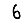
Digit: 6